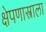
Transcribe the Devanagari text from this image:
क्षेपणास्त्राला